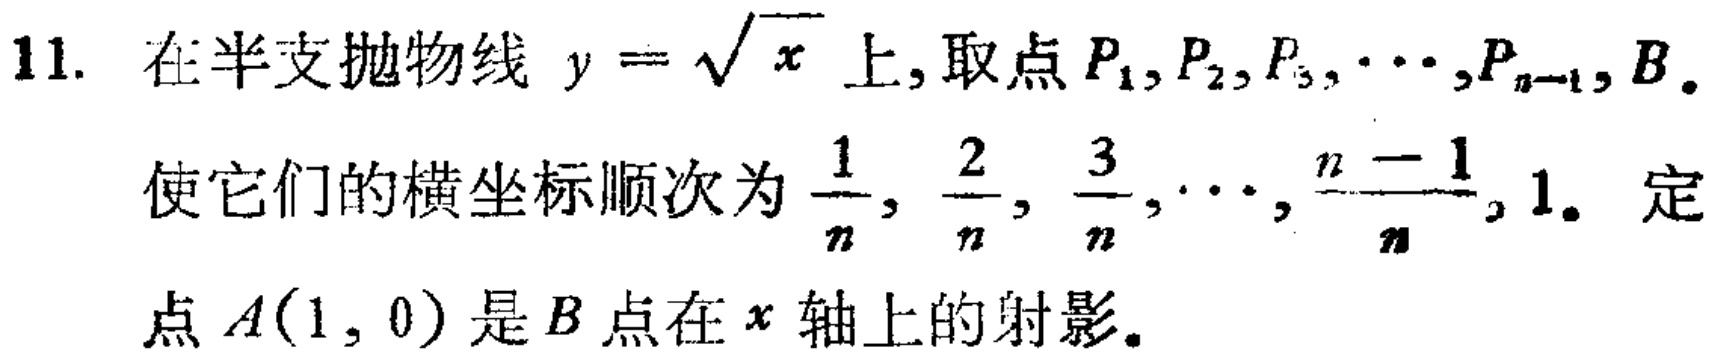
11. 在半支抛物线 \(y = \sqrt{x}\) 上, 取点 \(P_1,P_2,P_3,\cdots,P_{n - 1},B\). 使它们的横坐标顺次为 \(\frac{1}{n},\frac{2}{n},\frac{3}{n},\cdots,\frac{n - 1}{n},1\). 定点 \(A(1,0)\) 是 \(B\) 点在 \(x\) 轴上的射影。